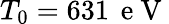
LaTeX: T_{0}=631\, \mathrm{~e~V~}